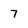
Character: 7